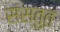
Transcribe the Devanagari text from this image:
संस्‍तुत